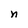
Character: n